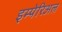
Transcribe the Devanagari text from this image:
इम्पेरिअल